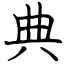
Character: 典